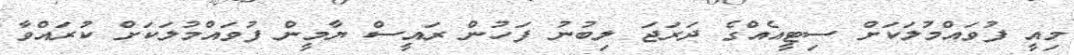
މިއީ ފުވައްމުލަކަށް ސިޓީއެއްގެ ދަރަޖަ ލިބުނު ފަހުން ރައީސް ޔާމީން ފުވައްމުލަކަށް ކުރައްވާ